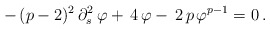
\begin{align*}-\,(p-2)^2\,\partial^2_s\,\varphi+\,4\,\varphi-\,2\,p\,\varphi^{p-1}=0\,.\end{align*}